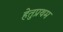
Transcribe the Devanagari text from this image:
हेतुप्रथम